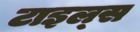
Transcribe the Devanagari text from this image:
टाइल्‍स